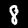
Digit: 8